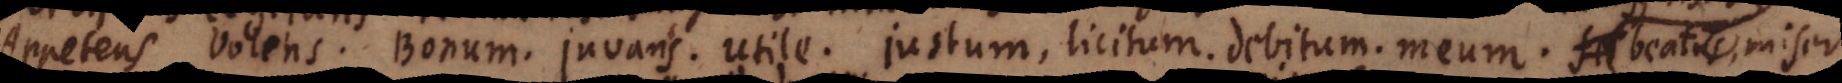
. Volens. Bonum. Juvans. Utile. justum, licitum. debitum. meum. laetus,